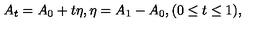
A _ { t } = A _ { 0 } + t \eta , \eta = A _ { 1 } - A _ { 0 } , ( 0 \leq t \leq 1 ) ,